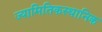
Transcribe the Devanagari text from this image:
ज्यामितिकस्थानिक